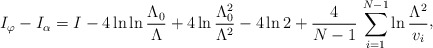
\begin{align*}I_{\varphi}-I_{\alpha} = I -4 \ln\ln {\Lambda_{0}\over\Lambda} + 4\ln {\Lambda_{0}^{2}\over\Lambda^{2}} -4 \ln 2+{4\over N-1}\,\sum_{i=1}^{N-1}\ln {\Lambda^{2}\over v_{i}}\raise 2pt\hbox{,}\end{align*}